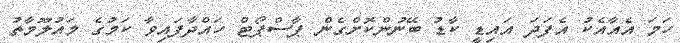
ހަމަ އެއާއެކު އެފަދަ އައިޑީ ކާޑު ބޭނުންކޮށްގެން ޕާސްޕޯޓް ހައްދާފައިވާ ކަމުގެ މައުލޫމާތު